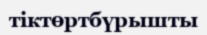
тіктөртбүрышты